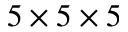
5 \times 5 \times 5